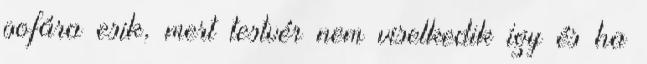
pofára esik, mert testvér nem viselkedik így és ha